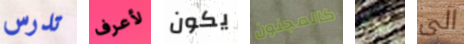
تدرس لأعرف يكون كالمجنون أكثر الى